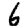
Digit: 6